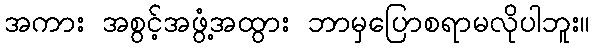
အကား အစွင့်အဖွံ့အထွား ဘာမှပြောစရာမလိုပါဘူး။